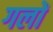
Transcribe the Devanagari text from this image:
गलों